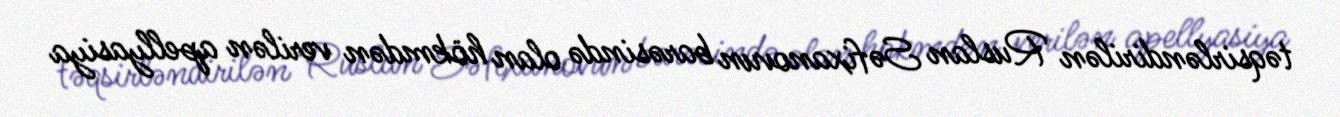
təqsirləndirilən Ruslan Səfixanovun barəsində olan hökmdən verilən apellyasiya